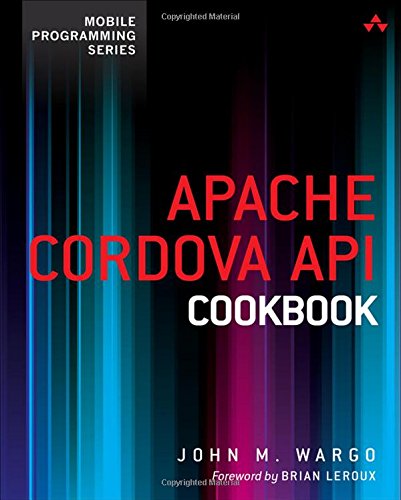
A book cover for Apache Cordova API Cookbook (Mobile Programming); John M. Wargo; Computers & Technology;